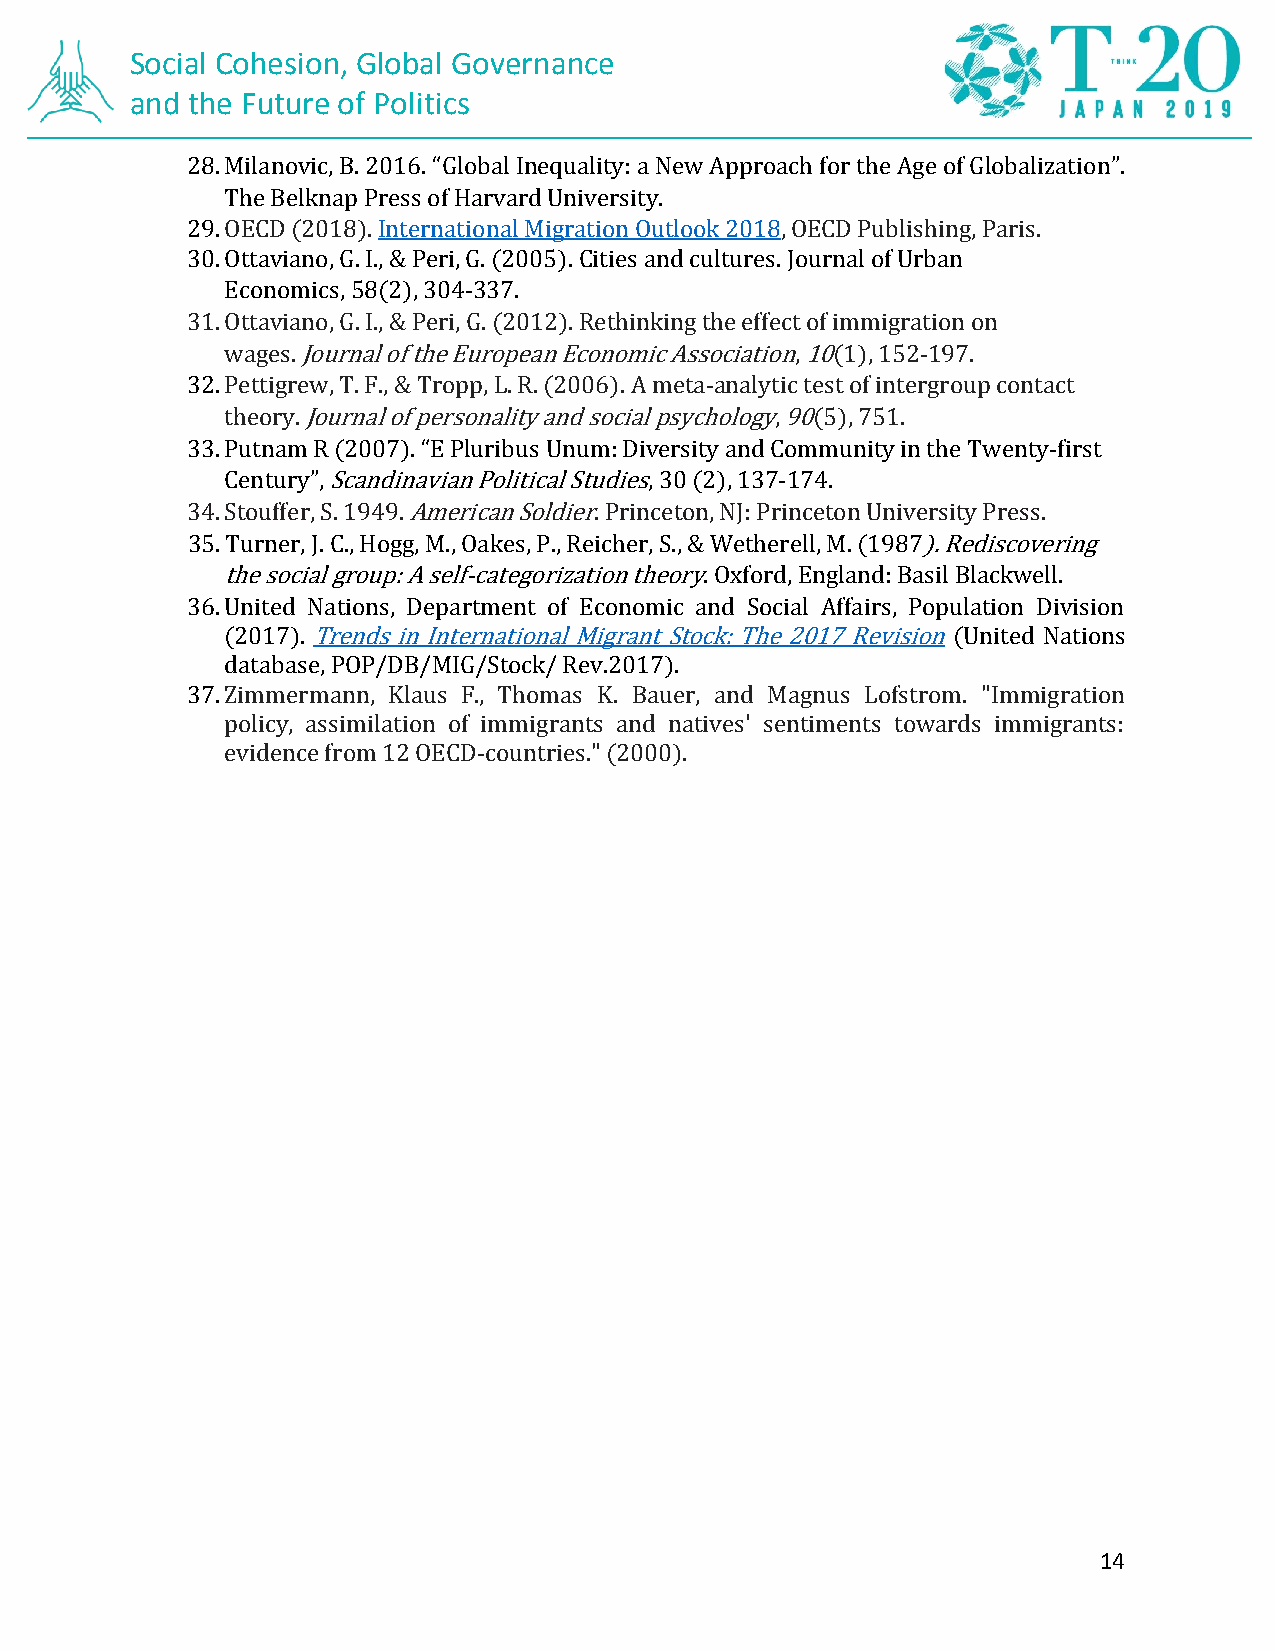
Social Cohesion, Global Governance
 and the Future of Politics
 28. Milanovic, B. 2016. “Global Inequality: a New Approach for the Age of Globalization”.
 The Belknap Press of Harvard University.
 29. OECD (2018). International Migration Outlook 2018, OECD Publishing, Paris.
 30. Ottaviano, G. I., & Peri, G. (2005). Cities and cultures. Journal of Urban
 Economics, 58(2), 304-337.
 31. Ottaviano, G. I., & Peri, G. (2012). Rethinking the effect of immigration on
 wages. Journal of the European Economic Association, 10(1), 152-197.
 32. Pettigrew, T. F., & Tropp, L. R. (2006). A meta-analytic test of intergroup contact
 theory. Journal of personality and social psychology, 90(5), 751.
 33. Putnam R (2007). “E Pluribus Unum: Diversity and Community in the Twenty-first
 Century”, Scandinavian Political Studies, 30 (2), 137-174.
 34. Stouffer, S. 1949. American Soldier. Princeton, NJ: Princeton University Press.
 35. Turner, J. C., Hogg, M., Oakes, P., Reicher, S., & Wetherell, M. (1987). Rediscovering
 the social group: A self-categorization theory. Oxford, England: Basil Blackwell.
 36. United Nations, Department of Economic and Social Affairs, Population Division
 (2017). Trends in International Migrant Stock: The 2017 Revision (United Nations
 database, POP/DB/MIG/Stock/ Rev.2017).
 37. Zimmermann, Klaus F., Thomas K. Bauer, and Magnus Lofstrom. "Immigration
 policy, assimilation of immigrants and natives' sentiments towards immigrants:
 evidence from 12 OECD-countries." (2000).
 14